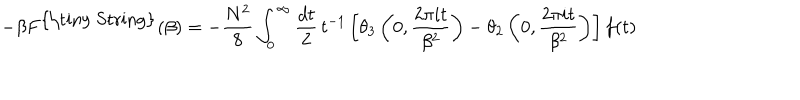
LaTeX: - \beta F ^ { \mathrm { { \tiny ~ S t r i n g } } } ( \beta ) = - \frac { N ^ { 2 } } { 8 } \int _ { 0 } ^ { \infty } \frac { d t } { 2 } \, t ^ { - 1 } \left[ \theta _ { 3 } \left( 0 , \frac { 2 \pi i t } { \beta ^ { 2 } } \right) - \theta _ { 2 } \left( 0 , \frac { 2 \pi i t } { \beta ^ { 2 } } \right) \right] f ( t )